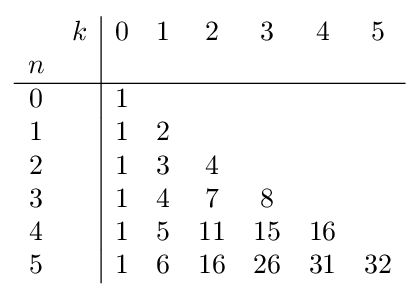
{\begin{array}{cc|cccccc}&k&0&1&2&3&4&5\\n&&\\\hline 0&&1\\1&&1&2\\2&&1&3&4\\3&&1&4&7&8\\4&&1&5&11&15&16\\5&&1&6&16&26&31&32\end{array}}